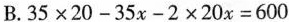
B. $$3 5 \times 2 0 - 3 5 x - 2 \times 2 0 x= 6 0 0$$